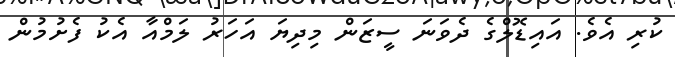
ކުރި އެވެ. އައިޑޮލްގެ ދެވަނަ ސީޒަން މިދިޔަ އަހަރު ލަމްއާ އެކު ފެށުމުން